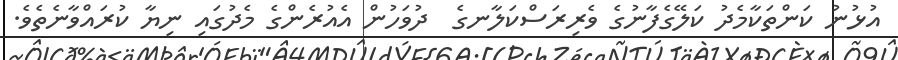
އުޅުނު ކަންތަކާމެދު ކަލޭގެފާނުގެ ވެރިރަސްކަލާނގެ  ދުވަހުން އެއުރެންގެ މެދުގައި ނިޔާ ކުރައްވާނެތެވެ.